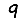
Digit: 9